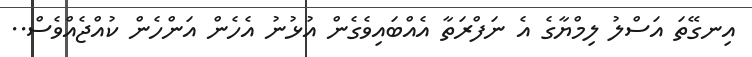
އިނގޭތަ އަސްލު ލިމްޔާގެ އެ ނަފްރަތާ އެއްބައިވެގެން އުޅުނު އެހެން އަންހެން ކުއްޖެއްވެސް..